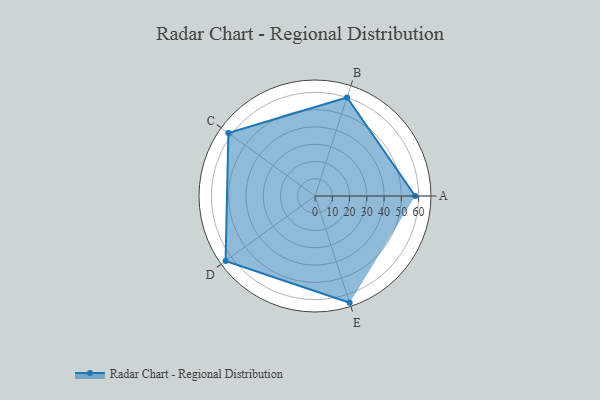
{"axis": {"x": "Skill", "y": "Score"}, "legend": ["Profile"], "data": [{"x": "A", "y": 58.0, "type": "Profile"}, {"x": "B", "y": 60.0, "type": "Profile"}, {"x": "C", "y": 62.0, "type": "Profile"}, {"x": "D", "y": 64.0, "type": "Profile"}, {"x": "E", "y": 65.0, "type": "Profile"}]}